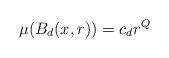
LaTeX: \begin{align*} \mu(B_d(x,r)) = c_d r^Q \end{align*}